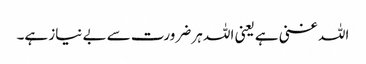
اللہ غنی ہے یعنی اللہ ہر ضرورت سے بے نیاز ہے۔